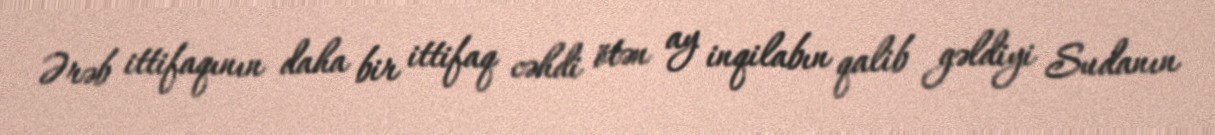
Ərəb ittifaqının daha bir ittifaq cəhdi ötən ay inqilabın qalib gəldiyi Sudanın